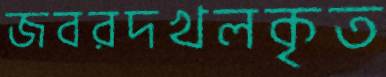
জবরদখলকৃত